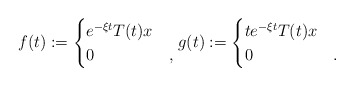
\begin{align*}f(t) := \begin{cases}e^{-\xi t} T(t)x & \\0 & ,\end{cases}g(t) := \begin{cases}te^{-\xi t} T(t)x & \\0 & .\end{cases}\end{align*}